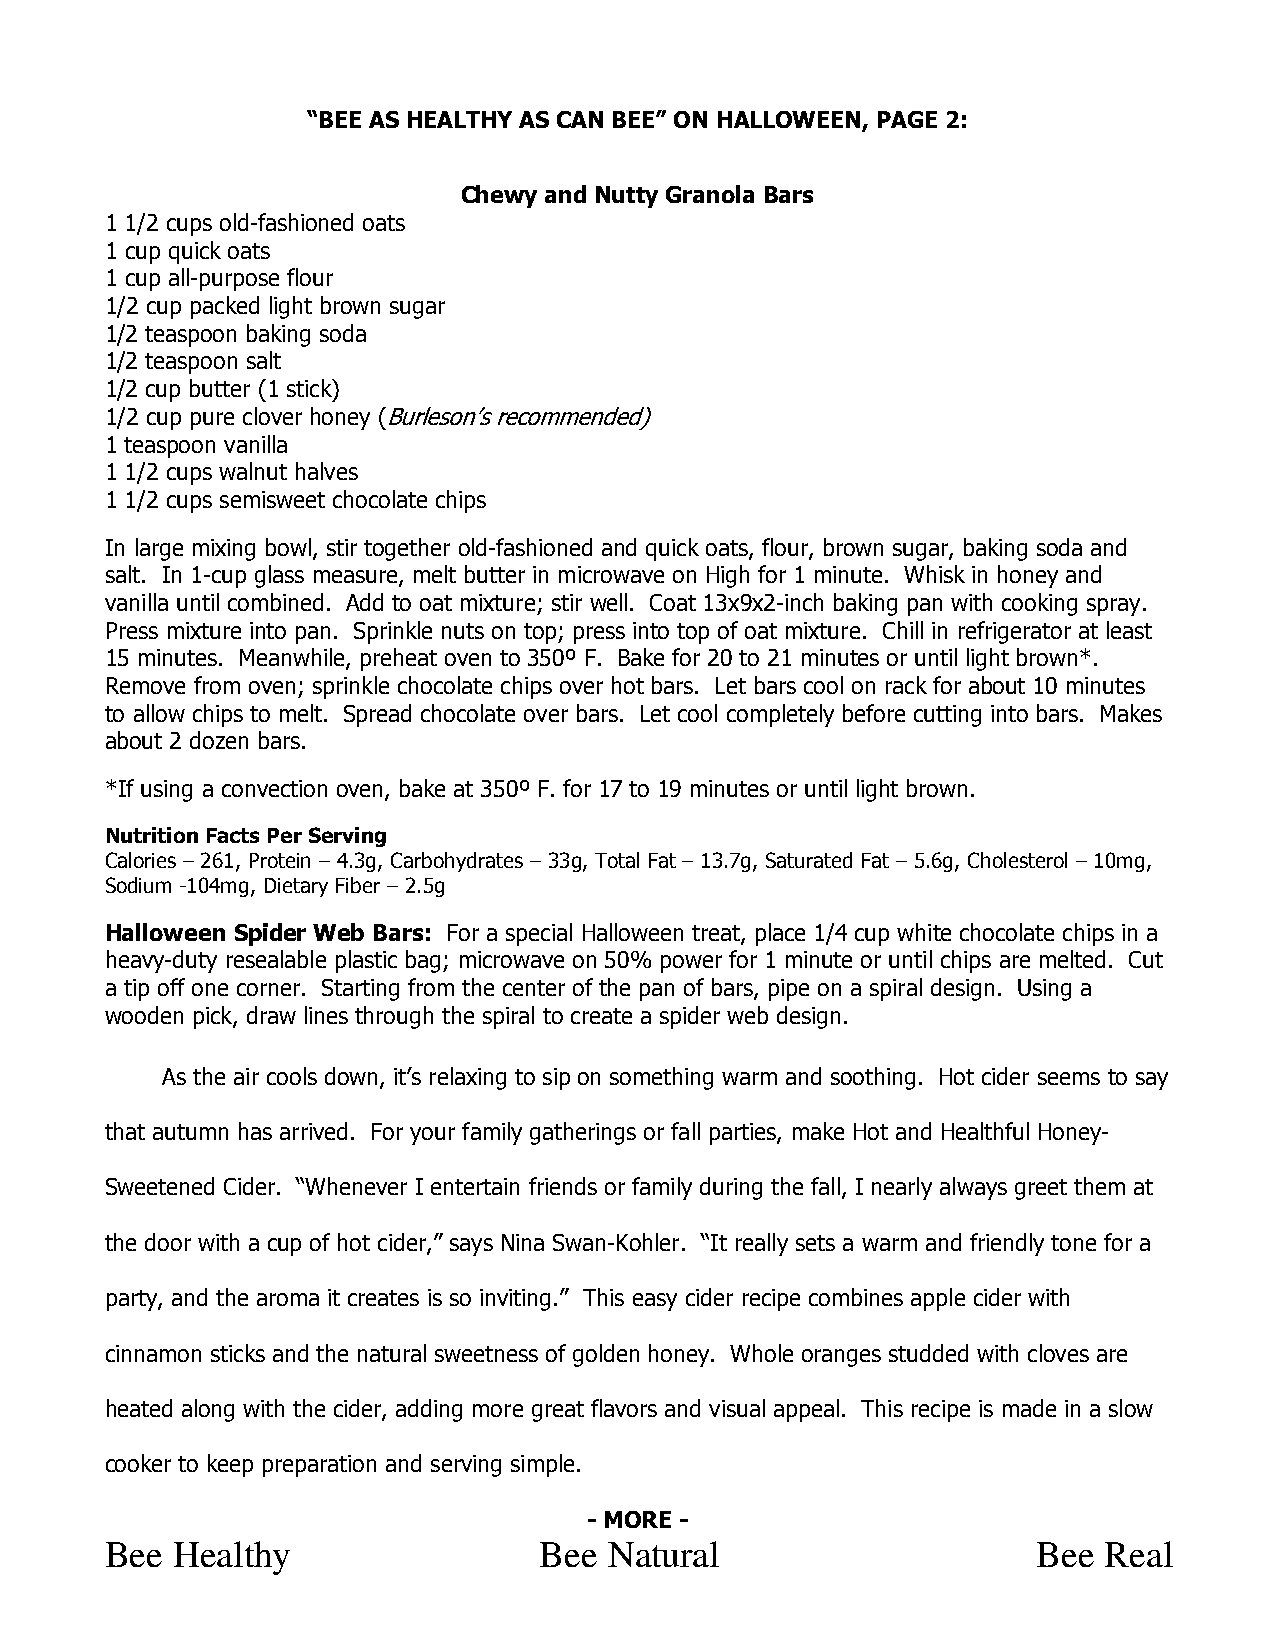
“BEE AS HEALTHY AS CAN BEE” ON HALLOWEEN, PAGE 2:
 Chewy and Nutty Granola Bars
 1 1/2 cups old-fashioned oats
 1 cup quick oats
 1 cup all-purpose flour
 1/2 cup packed light brown sugar
 1/2 teaspoon baking soda
 1/2 teaspoon salt
 1/2 cup butter (1 stick)
 1/2 cup pure clover honey (Burleson’s recommended)
 1 teaspoon vanilla
 1 1/2 cups walnut halves
 1 1/2 cups semisweet chocolate chips
 In large mixing bowl, stir together old-fashioned and quick oats, flour, brown sugar, baking soda and
 salt. In 1-cup glass measure, melt butter in microwave on High for 1 minute. Whisk in honey and
 vanilla until combined. Add to oat mixture; stir well. Coat 13x9x2-inch baking pan with cooking spray.
 Press mixture into pan. Sprinkle nuts on top; press into top of oat mixture. Chill in refrigerator at least
 15 minutes. Meanwhile, preheat oven to 350º F. Bake for 20 to 21 minutes or until light brown*.
 Remove from oven; sprinkle chocolate chips over hot bars. Let bars cool on rack for about 10 minutes
 to allow chips to melt. Spread chocolate over bars. Let cool completely before cutting into bars. Makes
 about 2 dozen bars.
 *If using a convection oven, bake at 350º F. for 17 to 19 minutes or until light brown.
 Nutrition Facts Per Serving
 Calories – 261, Protein – 4.3g, Carbohydrates – 33g, Total Fat – 13.7g, Saturated Fat – 5.6g, Cholesterol – 10mg,
 Sodium -104mg, Dietary Fiber – 2.5g
 Halloween Spider Web Bars: For a special Halloween treat, place 1/4 cup white chocolate chips in a
 heavy-duty resealable plastic bag; microwave on 50% power for 1 minute or until chips are melted. Cut
 a tip off one corner. Starting from the center of the pan of bars, pipe on a spiral design. Using a
 wooden pick, draw lines through the spiral to create a spider web design.
 As the air cools down, it’s relaxing to sip on something warm and soothing. Hot cider seems to say
 that autumn has arrived. For your family gatherings or fall parties, make Hot and Healthful Honey-
 Sweetened Cider. “Whenever I entertain friends or family during the fall, I nearly always greet them at
 the door with a cup of hot cider,” says Nina Swan-Kohler. “It really sets a warm and friendly tone for a
 party, and the aroma it creates is so inviting.” This easy cider recipe combines apple cider with
 cinnamon sticks and the natural sweetness of golden honey. Whole oranges studded with cloves are
 heated along with the cider, adding more great flavors and visual appeal. This recipe is made in a slow
 cooker to keep preparation and serving simple.
 - MORE -
 Bee Healthy                  Bee Natural                      Bee Real